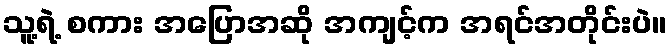
သူ့ရဲ့ စကား အပြောအဆို အကျင့်က အရင်အတိုင်းပဲ။